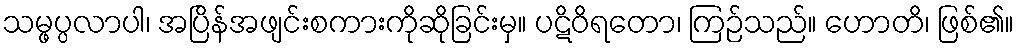
သမ္ဖပ္ပလာပါ၊ အပြိန်အဖျင်းစကားကိုဆိုခြင်းမှ။ ပဋိဝိရတော၊ ကြဉ်သည်။ ဟောတိ၊ ဖြစ်၏။